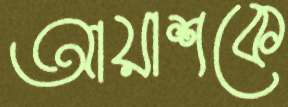
আয়াশকে